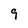
Character: 9